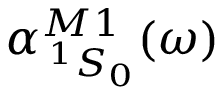
\alpha _ { \, ^ { 1 } S _ { 0 } } ^ { M 1 } ( \omega )